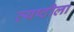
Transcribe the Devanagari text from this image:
व्यष्टीला